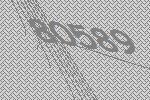
80589